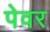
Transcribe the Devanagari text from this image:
पेवर